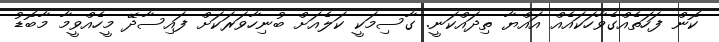
ކޮން ފަހަތެއްގެވާހަކައެއް އައްޔާ ތިދައްކަނީ. ގާސިމަކީ ކަލެއަށް ބުނިހާވަރަކަށް ފައިސާދޭ މީހެއްވީމާ މާބޮޑު